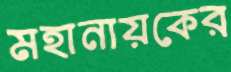
মহানায়কের